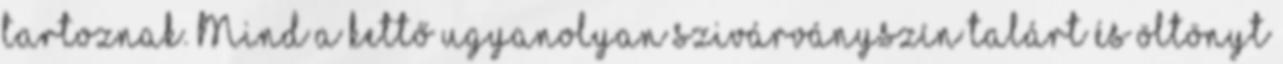
tartoznak. Mind a kettő ugyanolyan szivárványszín talárt és öltönyt